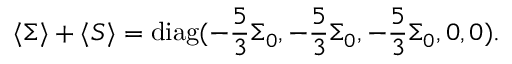
\langle \Sigma \rangle + \langle S \rangle = \mathrm { d i a g } ( - \frac { 5 } { 3 } \Sigma _ { 0 } , - \frac { 5 } { 3 } \Sigma _ { 0 } , - \frac { 5 } { 3 } \Sigma _ { 0 } , 0 , 0 ) .